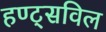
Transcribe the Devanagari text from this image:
हण्ट्सविल